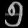
Digit: ၅